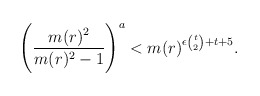
\begin{align*}\Bigg(\frac{m(r)^2}{m(r)^2-1} \Bigg)^a< m(r)^{\epsilon{t\choose 2}+t+5}.\end{align*}